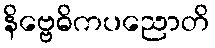
နိဗ္ဗေဓိကပညောတိ